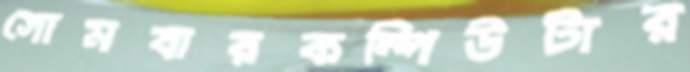
সোমবারকম্পিউটার